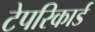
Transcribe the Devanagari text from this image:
टेपरिकार्ड